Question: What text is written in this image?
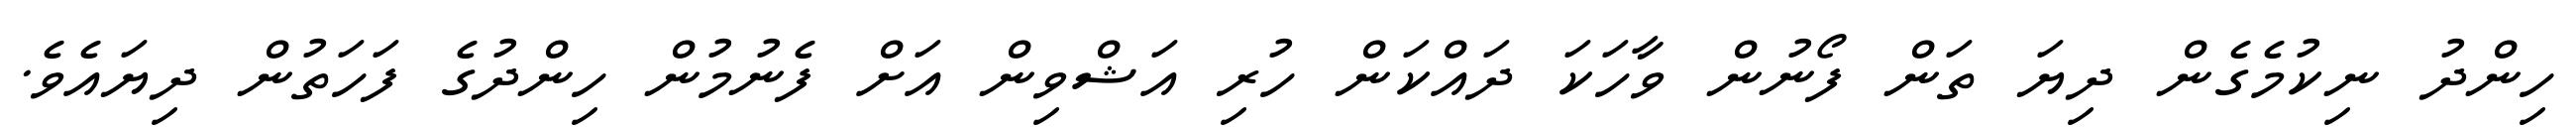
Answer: ހިންދު ނިކުމެގެން ދިޔަ ތަން ފޯނުން ވާހަކަ ދައްކަން ހުރި އަޝްވިން އަށް ފެނުމުން ހިންދުގެ ފަހަތުން ދިޔައެވެ.